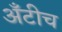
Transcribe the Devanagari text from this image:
अँटीच